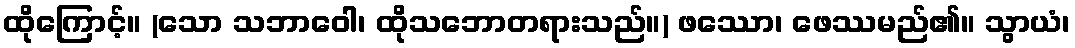
ထိုကြောင့်။ (သော သဘာဝေါ၊ ထိုသဘောတရားသည်။) ဖဿော၊ ဖေဿမည်၏။ သွာယံ၊